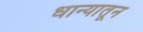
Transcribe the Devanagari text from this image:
धान्यातून